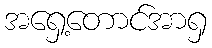
အရှေ့တောင်အာရှ